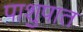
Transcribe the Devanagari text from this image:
पाशुपात